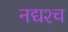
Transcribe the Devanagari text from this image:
नद्यश्‍च